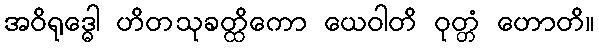
အဝိရုဒ္ဓေါ ဟိတသုခတ္ထိကော ယေဝါတိ ဝုတ္တံ ဟောတိ။